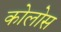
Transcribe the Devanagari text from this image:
कोलोस